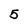
Character: 5